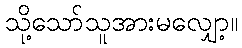
သို့သော်သူအားမလျှော့။